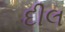
દીલ